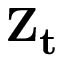
\mathbf { Z _ { t } }